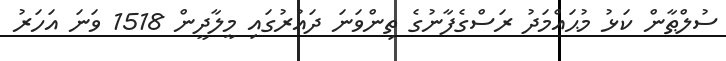
ސުލްޠާން ކަޅު މުޙައްމަދު ރަސްގެފާނުގެ ތިންވަނަ ދައުރުގައި މީލާދީން 1518 ވަނަ އަހަރު